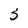
Character: 5